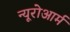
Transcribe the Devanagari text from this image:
न्यूरोआर्म